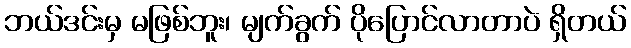
ဘယ်ဒင်းမှ မဖြစ်ဘူး၊ မျက်ခွက် ပိုပြောင်လာတာပဲ ရှိတယ်